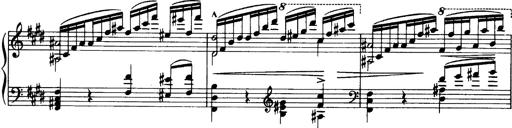
Title: OuvertÃ¼re zu TannhÃ¤user
Composer: Franz Liszt